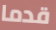
قدما